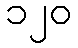
၁၂၀